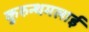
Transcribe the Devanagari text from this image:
कुरुन्थमलाई